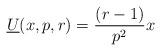
LaTeX: \begin{align*}\underline{U}(x,p,r)=\frac{(r-1)}{p^2}x\end{align*}